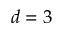
d = 3